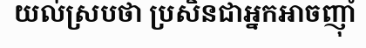
យល់ស្របថា ប្រសិនជាអ្នកអាចញ៉ាំ